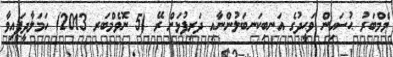
މެމްބަރު ޙުސައިން ވަޙީދުގެ އަނބިކަނބަލުންނާއި ދަރިފުޅަށް ރޭ (5 ނޮވެމްބަރ 2013) ހަމަލާދީފައިވާ